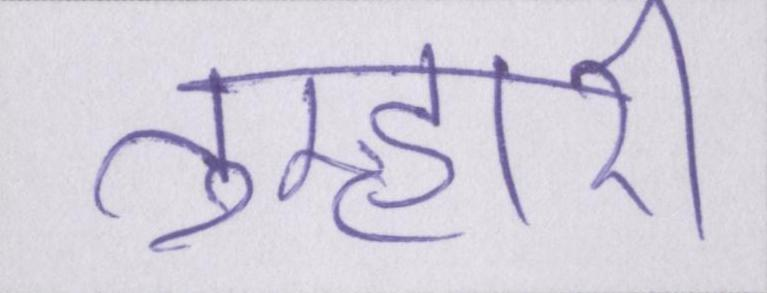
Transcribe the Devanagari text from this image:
तुम्हारी